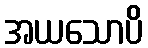
အယသောပိ